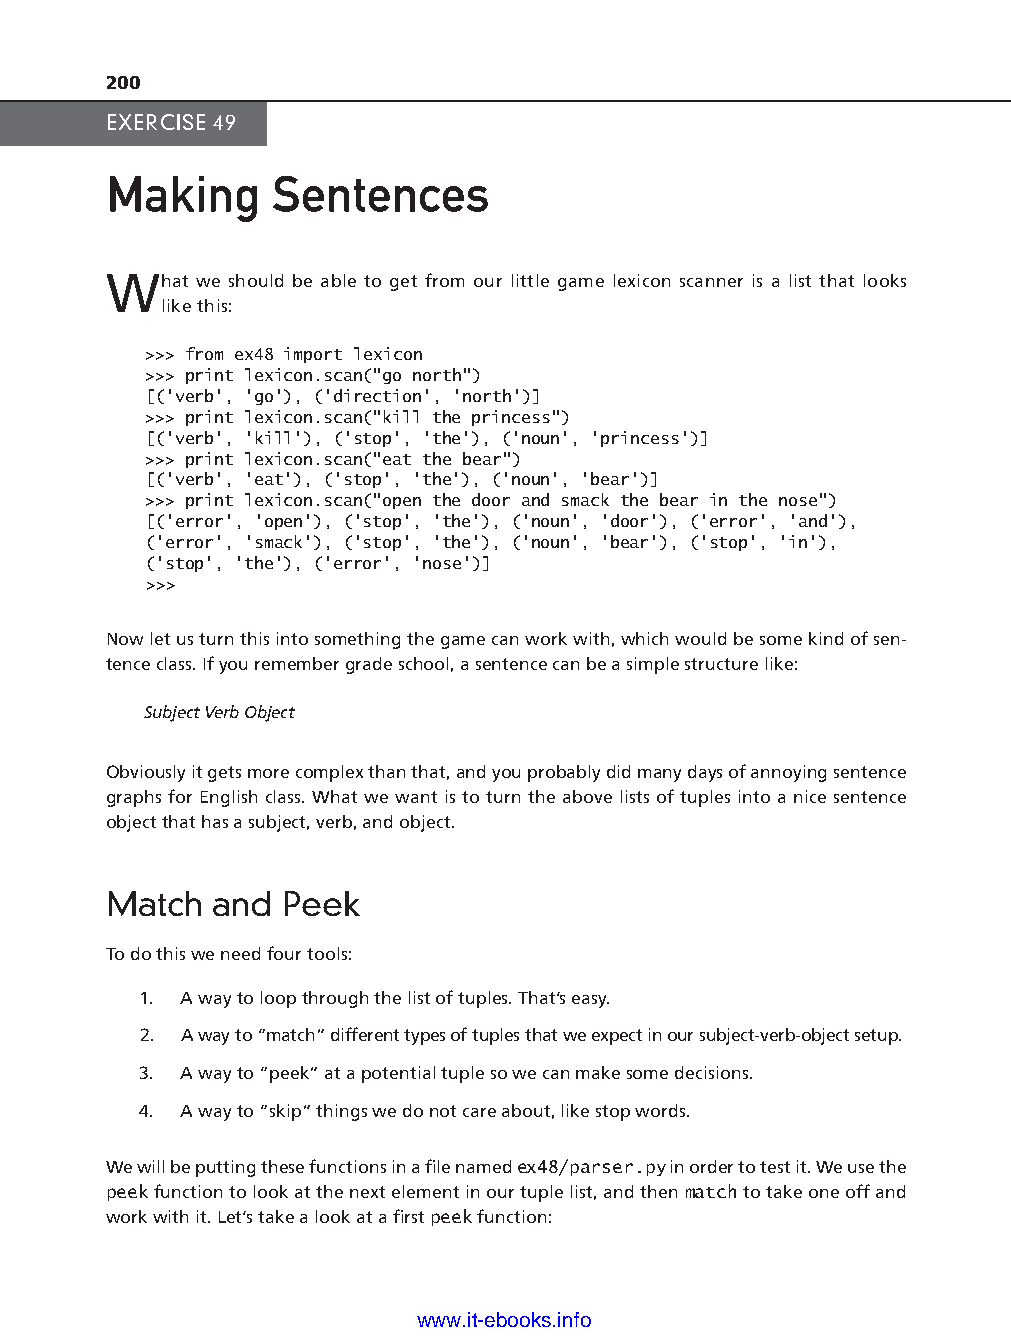
200
 EXERCISE 49
 Making     Sentences
 What  we should be able to get from our little game lexicon scanner is a list that looks
 like this:
 >>> from ex48 import lexicon
 >>> print lexicon.scan("go north")
 [('verb', 'go'), ('direction', 'north')]
 >>> print lexicon.scan("kill the princess")
 [('verb', 'kill'), ('stop', 'the'), ('noun', 'princess')]
 >>> print lexicon.scan("eat the bear")
 [('verb', 'eat'), ('stop', 'the'), ('noun', 'bear')]
 >>> print lexicon.scan("open the door and smack the bear in the nose")
 [('error', 'open'), ('stop', 'the'), ('noun', 'door'), ('error', 'and'),
 ('error', 'smack'), ('stop', 'the'), ('noun', 'bear'), ('stop', 'in'),
 ('stop', 'the'), ('error', 'nose')]
 >>>
 Now let us turn this into something the game can work with, which would be some kind of sen-
 tence class. If you remember grade school, a sentence can be a simple structure like:
 ptg11539604
 Subject Verb Object
 Obviously it gets more complex than that, and you probably did many days of annoying sentence
 graphs for English class. What we want is to turn the above lists of tuples into a nice sentence
 object that has a subject, verb, and object.
 Match  and  Peek
 To do this we need four tools:
 1. A way to loop through the list of tuples. That’s easy.
 2. A way to “match” different types of tuples that we expect in our subject-verb-object setup.
 3. A way to “peek” at a potential tuple so we can make some decisions.
 4. A way to “skip” things we do not care about, like stop words.
 We will be putting these functions in a fi le named ex48/parser.py in order to test it. We use the
 peek function to look at the next element in our tuple list, and then match to take one off and
 work with it. Let’s take a look at a fi rst peek function:
 www.it-ebooks.info